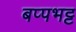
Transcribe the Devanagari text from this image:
बप्पभट्ट